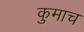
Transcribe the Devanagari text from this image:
कुमाच